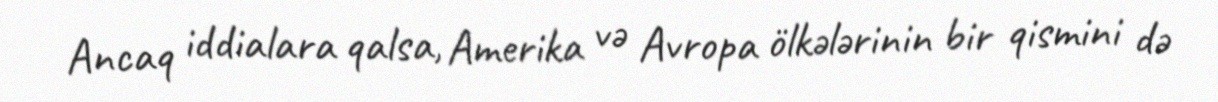
Ancaq iddialara qalsa, Amerika və Avropa ölkələrinin bir qismini də